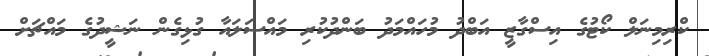
ކްރިމިނަލް ކޯޓުގެ އިސްގާޒީ އަބްދު މުހައްމަދު ބަންދުކުރި މައްސަލައާ ގުޅިގެން ނަޝީދުގެ މައްޗަށް